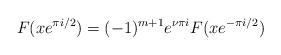
\begin{align*}F(xe^{\pi i/2})=(-1)^{m+1}e^{\nu \pi i}F(xe^{-\pi i/2})\end{align*}